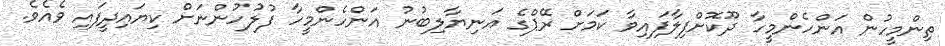
ތިންމީހުން އަންހެންމީހާ ދޫކޮށްފިލާފައިވާ ކަމަށް ރޭޕްގެ އަނިޔާލިބުނު އަންހެންމީހާ ފުލުހުންނަށް ކިޔައިދީފައި ވެއެވެ.